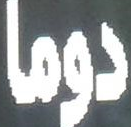
دوما